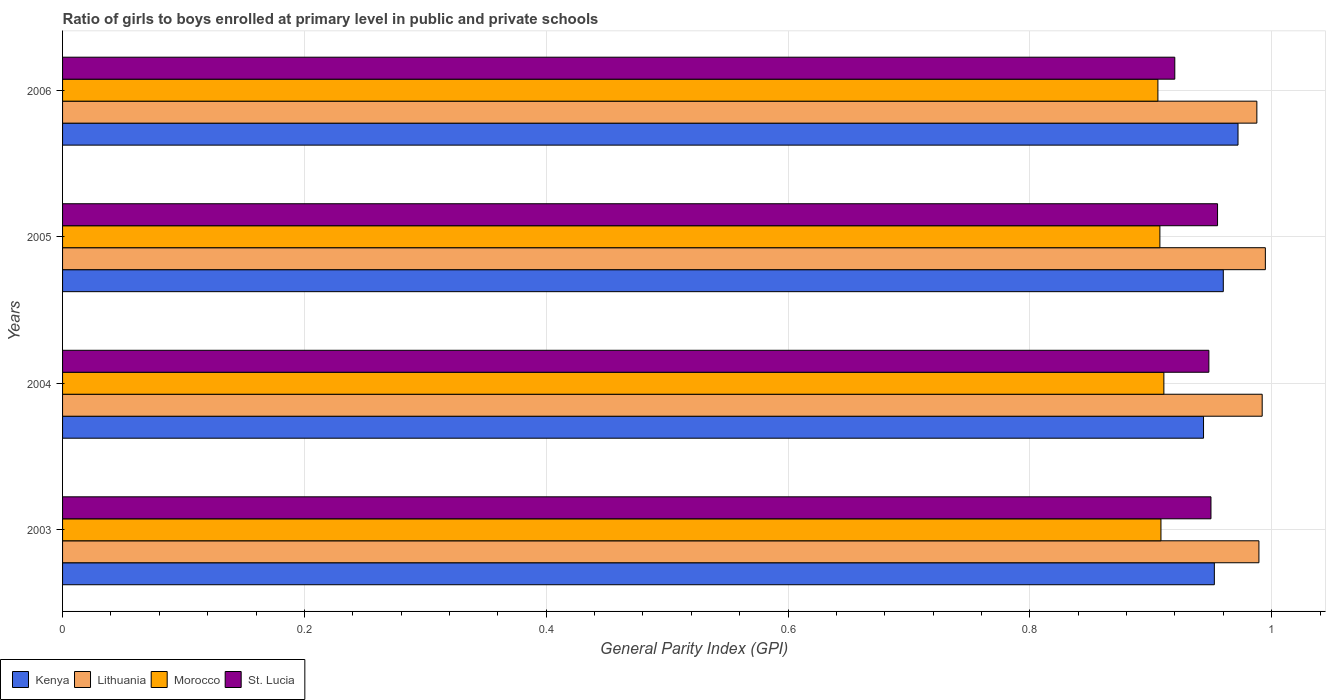
| Years | Kenya | Lithuania | Morocco | St. Lucia |
 | --- | --- | --- | --- | --- |
 | 2003 | 0.953 | 0.989 | 0.908 | 0.95 |
 | 2004 | 0.944 | 0.992 | 0.911 | 0.948 |
 | 2005 | 0.96 | 0.995 | 0.908 | 0.955 |
 | 2006 | 0.972 | 0.988 | 0.906 | 0.92 |